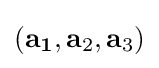
\left(\mathbf {a_{1}} ,\mathbf {a} _{2},\mathbf {a} _{3}\right)